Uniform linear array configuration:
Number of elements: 12
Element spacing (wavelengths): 0.25
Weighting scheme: hann
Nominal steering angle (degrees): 15
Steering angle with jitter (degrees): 13.422
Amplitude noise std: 0.05
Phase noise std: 0.05

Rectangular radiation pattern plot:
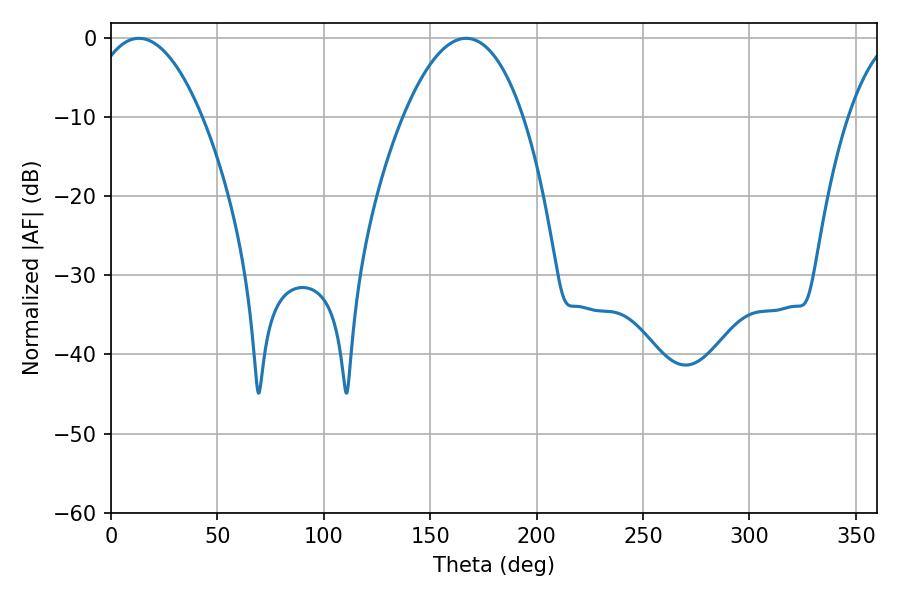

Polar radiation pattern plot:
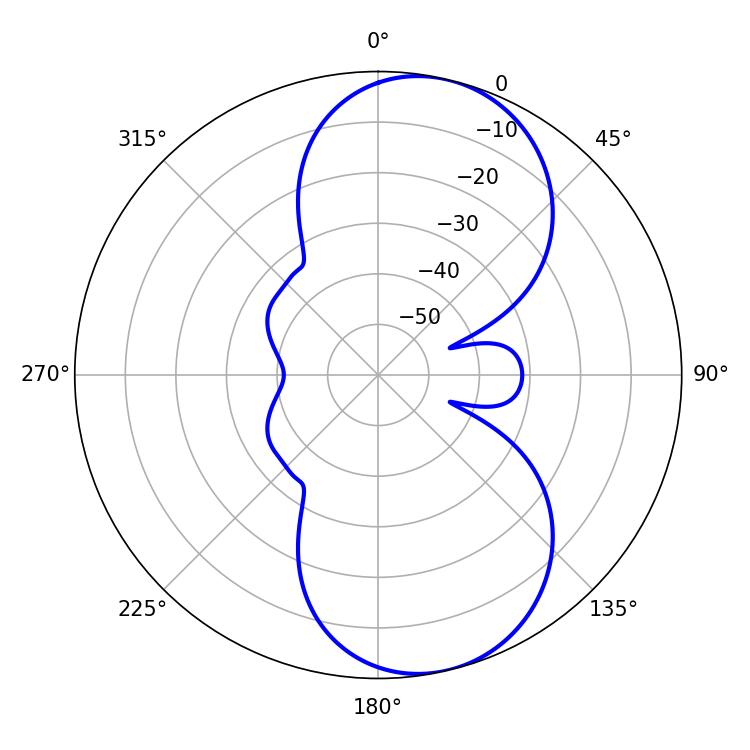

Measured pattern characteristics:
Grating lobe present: FALSE
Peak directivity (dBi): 8.623
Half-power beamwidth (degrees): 29.16
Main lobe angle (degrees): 13.14